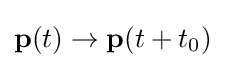
\mathbf {p} (t)\rightarrow \mathbf {p} (t+t_{0})